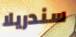
سندريلا